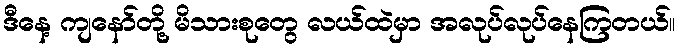
ဒီနေ့ ကျနော်တို့ မိသားစုတွေ လယ်ထဲမှာ အလုပ်လုပ်နေကြတယ်။